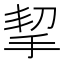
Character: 挈